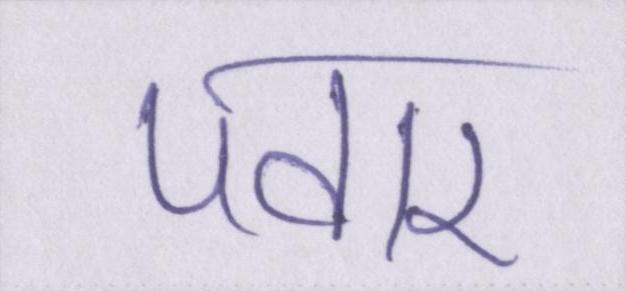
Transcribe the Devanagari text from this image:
पवार